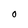
Character: O